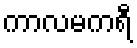
ကာလမကရီ